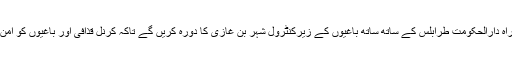
پانچ افریقی ملکوں کےسربراہ دارالحکومت طرابلس کے ساتھ ساتھ باغیوں کے زیرِکنٹرول شہر بن غازی کا دورہ کریں گے تاکہ کرنل قذافی اور باغیوں کو امن معاہدے پر قائل کر سکیں۔